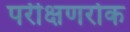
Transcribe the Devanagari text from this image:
परीक्षणरोक